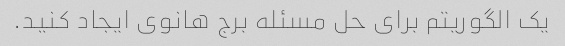
یک الگوریتم برای حل مسئله برج هانوی ایجاد کنید.